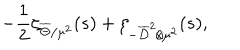
LaTeX: - { \frac { 1 } { 2 } } \zeta _ { \overline { { { \Theta } } } / \mu ^ { 2 } } ( s ) + \zeta _ { - \overline { { { D } } } ^ { 2 } / \mu ^ { 2 } } ( s ) ,